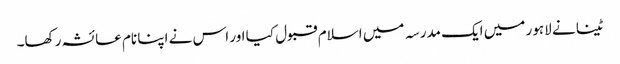
ٹینا نے لاہور میں ایک مدرسہ میں اسلام قبول کیا اور اس نے اپنا نام عائشہ رکھا۔